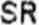
SR